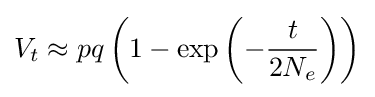
V_{t}\approx pq\left(1-\exp \left(-{\frac {t}{2N_{e}}}\right)\right)